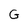
Character: G